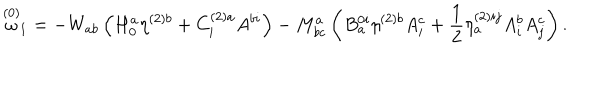
\stackrel { ( 0 ) } { \omega } _ { 1 } = - W _ { a b } \left( H _ { 0 } ^ { a } \eta ^ { ( 2 ) b } + C _ { i } ^ { ( 2 ) a } A ^ { b i } \right) - M _ { b c } ^ { a } \left( B _ { a } ^ { 0 i } \eta ^ { ( 2 ) b } A _ { i } ^ { c } + \frac { 1 } { 2 } \eta _ { a } ^ { ( 2 ) i j } A _ { i } ^ { b } A _ { j } ^ { c } \right) .